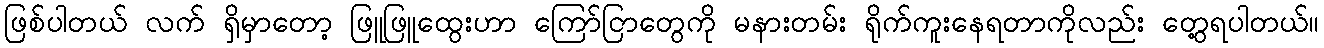
ဖြစ်ပါတယ် လက် ရှိမှာတော့ ဖြူဖြူထွေးဟာ ကြော်ငြာတွေကို မနားတမ်း ရိုက်ကူးနေရတာကိုလည်း တွေ့ရပါတယ်။